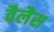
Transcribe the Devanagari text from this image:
वैलैस